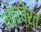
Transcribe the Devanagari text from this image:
नोरबेर्त